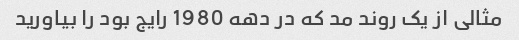
مثالی از یک روند مد که در دهه 1980 رایج بود را بیاورید